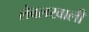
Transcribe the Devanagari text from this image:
लेबलखाली